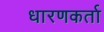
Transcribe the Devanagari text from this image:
धारणकर्ता